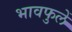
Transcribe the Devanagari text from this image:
भावफुलें